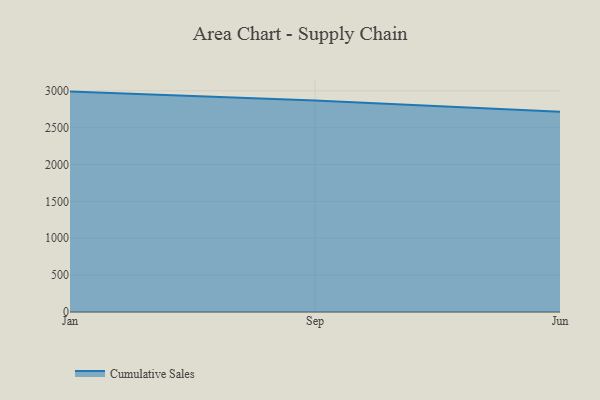
{"axis": {"x": "Month", "y": "Active Users"}, "legend": ["Cumulative Sales"], "data": [{"x": "Jan", "y": 2989.2, "type": "Cumulative Sales"}, {"x": "Sep", "y": 2869.4, "type": "Cumulative Sales"}, {"x": "Jun", "y": 2716.9, "type": "Cumulative Sales"}]}